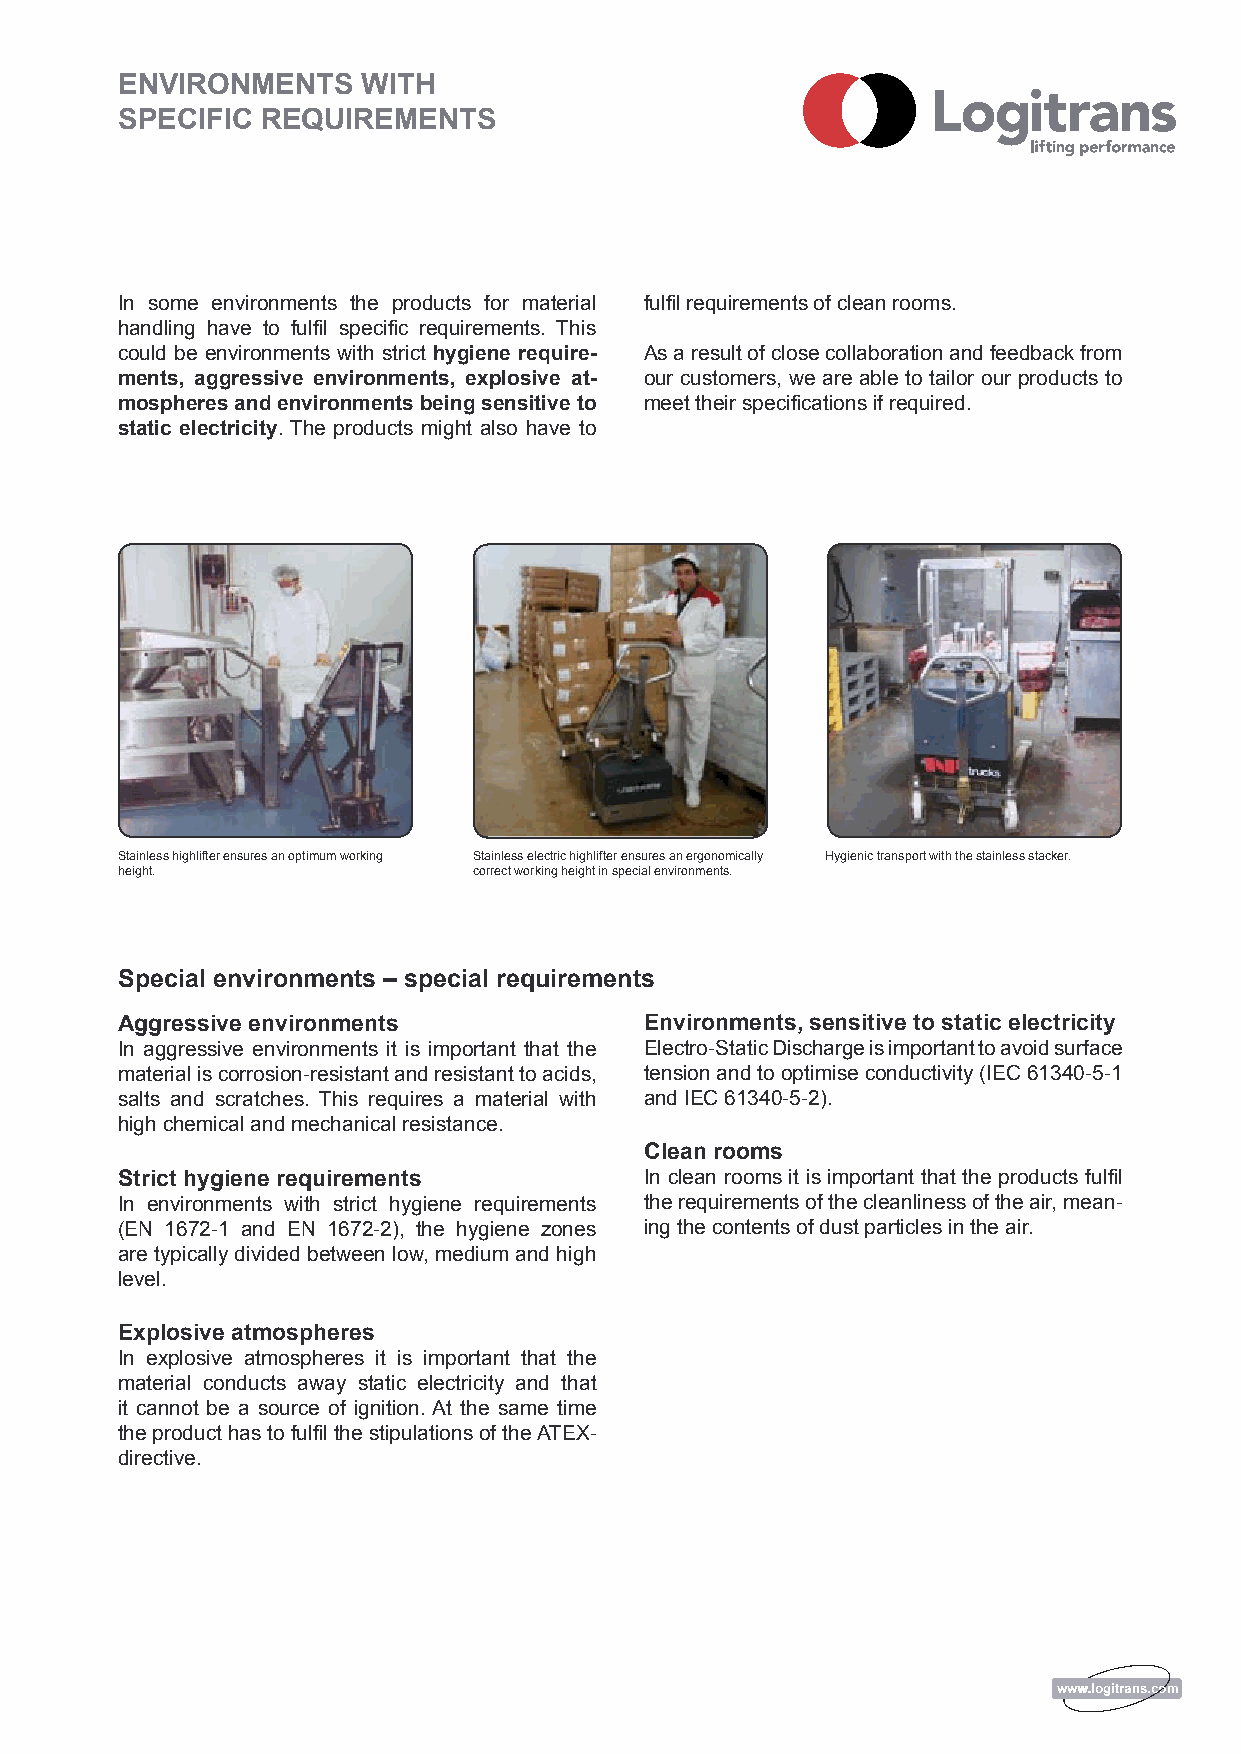
ENVIRONMENTS    WITH
 SPECIFIC REQUIREMENTS
 In some environments the products for material fulfil requirements of clean rooms.
 handling have to fulfil specific requirements. This
 could be environments with strict hygiene require- As a result of close collaboration and feedback from
 ments, aggressive environments, explosive at- our customers, we are able to tailor our products to
 mospheres and environments being sensitive to meet their specifications if required.
 static electricity. The products might also have to
 Stainless highlifter ensures an optimum working Stainless electric highlifter ensures an ergonomically Hygienic transport with the stainless stacker.
 height.                correct working height in special environments.
 Special environments – special requirements
 Aggressive environments            Environments, sensitive to static electricity
 In aggressive environments it is important that the Electro-Static Discharge is important to avoid surface
 material is corrosion-resistant and resistant to acids, tension and to optimise conductivity (IEC 61340-5-1
 salts and scratches. This requires a material with and IEC 61340-5-2).
 high chemical and mechanical resistance.
 Clean rooms
 Strict hygiene requirements        In clean rooms it is important that the products fulfil
 In environments with strict hygiene requirements the requirements of the cleanliness of the air, mean-
 (EN 1672-1 and EN 1672-2), the hygiene zones ing the contents of dust particles in the air.
 are typically divided between low, medium and high
 level.
 Explosive atmospheres
 In explosive atmospheres it is important that the
 material conducts away static electricity and that
 it cannot be a source of ignition. At the same time
 the product has to fulfil the stipulations of the ATEX-
 directive.
 wwwwwwwww...llooggiittrraannss..ccoomm